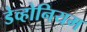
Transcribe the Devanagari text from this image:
डेव्होनियम